Scottish Certificate of Education, 1963
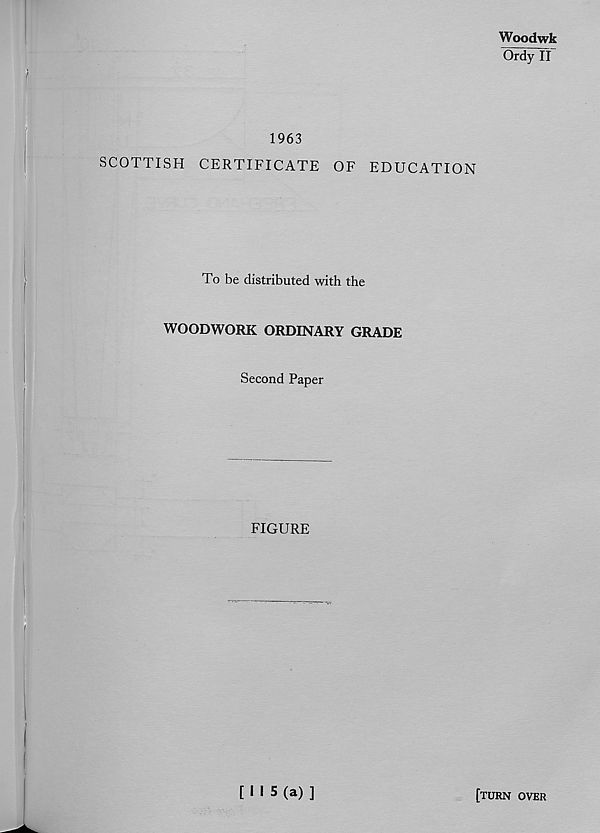
Woodwk
Ordy II
1963
SCOTTISH CERTIFICATE OF EDUCATION
To be distributed with the
WOODWORK ORDINARY GRADE
Second Paper
FIGURE
[ I I 5 (a) ]
[turn over